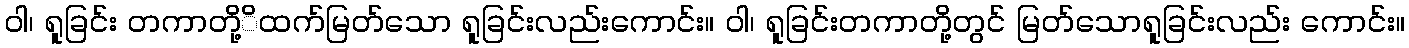
ဝါ၊ ရူခြင်း တကာတို့ိထက်မြတ်သော ရူခြင်းလည်းကောင်း။ ဝါ၊ ရူခြင်းတကာတို့တွင် မြတ်သောရူခြင်းလည်း ကောင်း။